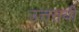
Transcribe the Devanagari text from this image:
उत्तरायी